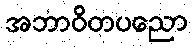
အဘာဝိတပညော